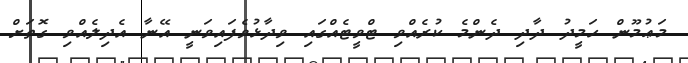
މަޢުމޫން ހަމީދު ދާދި ދެންމެ ކުރެއްވި ޓްވީޓެއްގައި ވިދާޅުވެފައިވަނީ އޭނާ އެދިލެއްވި ގޮތަށް